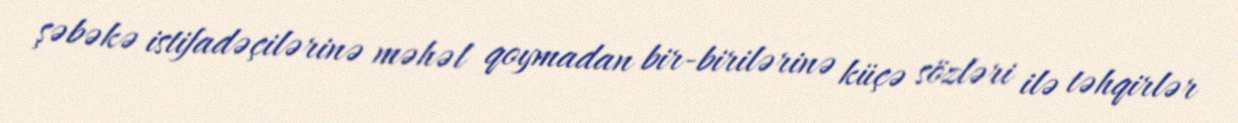
şəbəkə istifadəçilərinə məhəl qoymadan bir-birilərinə küçə sözləri ilə təhqirlər